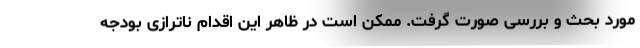
مورد بحث و بررسی صورت گرفت. ممکن است در ظاهر این اقدام ناترازی بودجه